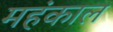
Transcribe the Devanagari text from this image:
महंकाल